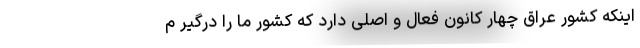
اینکه کشور عراق چهار کانون فعال و اصلی دارد که کشور ما را درگیر م